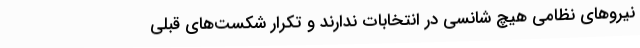
نیرو‌های نظامی هیچ شانسی در انتخابات ندارند و تکرار شکست‌های قبلی